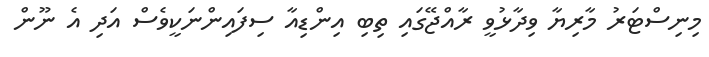
މިނިސްޓަރު މާރިޔާ ވިދާޅުވީ ރާއްޖޭގައި ތިބި އިންޑިއާ ސިފައިންނަކީވެސް އަދި އެ ނޫން